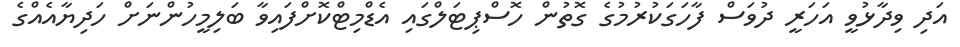
އަދި ވިދާޅުވީ އަހަރީ ދުވަސް ފާހަގަކުރުމުގެ ގޮތުން ހޮސްޕިޓަލްގައި އެޑްމިޓްކޮށްފައިވާ ބަލިމީހުންނަށް ހަދިޔާއެއްގެ